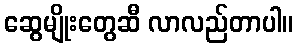
ဆွေမျိုးတွေဆီ လာလည်တာပါ။